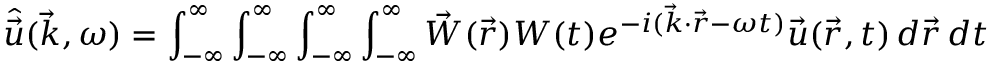
\hat { \vec { u } } ( \vec { k } , \omega ) = \int _ { - \infty } ^ { \infty } \int _ { - \infty } ^ { \infty } \int _ { - \infty } ^ { \infty } \int _ { - \infty } ^ { \infty } \vec { W } ( \vec { r } ) W ( t ) e ^ { - i ( \vec { k } \cdot \vec { r } - \omega t ) } \vec { u } ( \vec { r } , t ) \, d \vec { r } \, d t